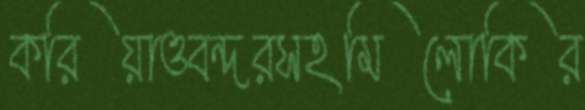
করিয়াওবন্দরসহমিলোকির